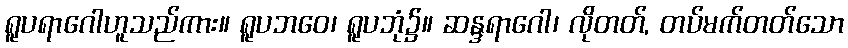
ရူပရာဂေါဟူသည်ကား။ ရူပဘဝေ၊ ရူပဘုံ၌။ ဆန္ဒရာဂေါ၊ လိုတတ်, တပ်မက်တတ်သော